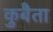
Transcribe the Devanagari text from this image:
कुबैता